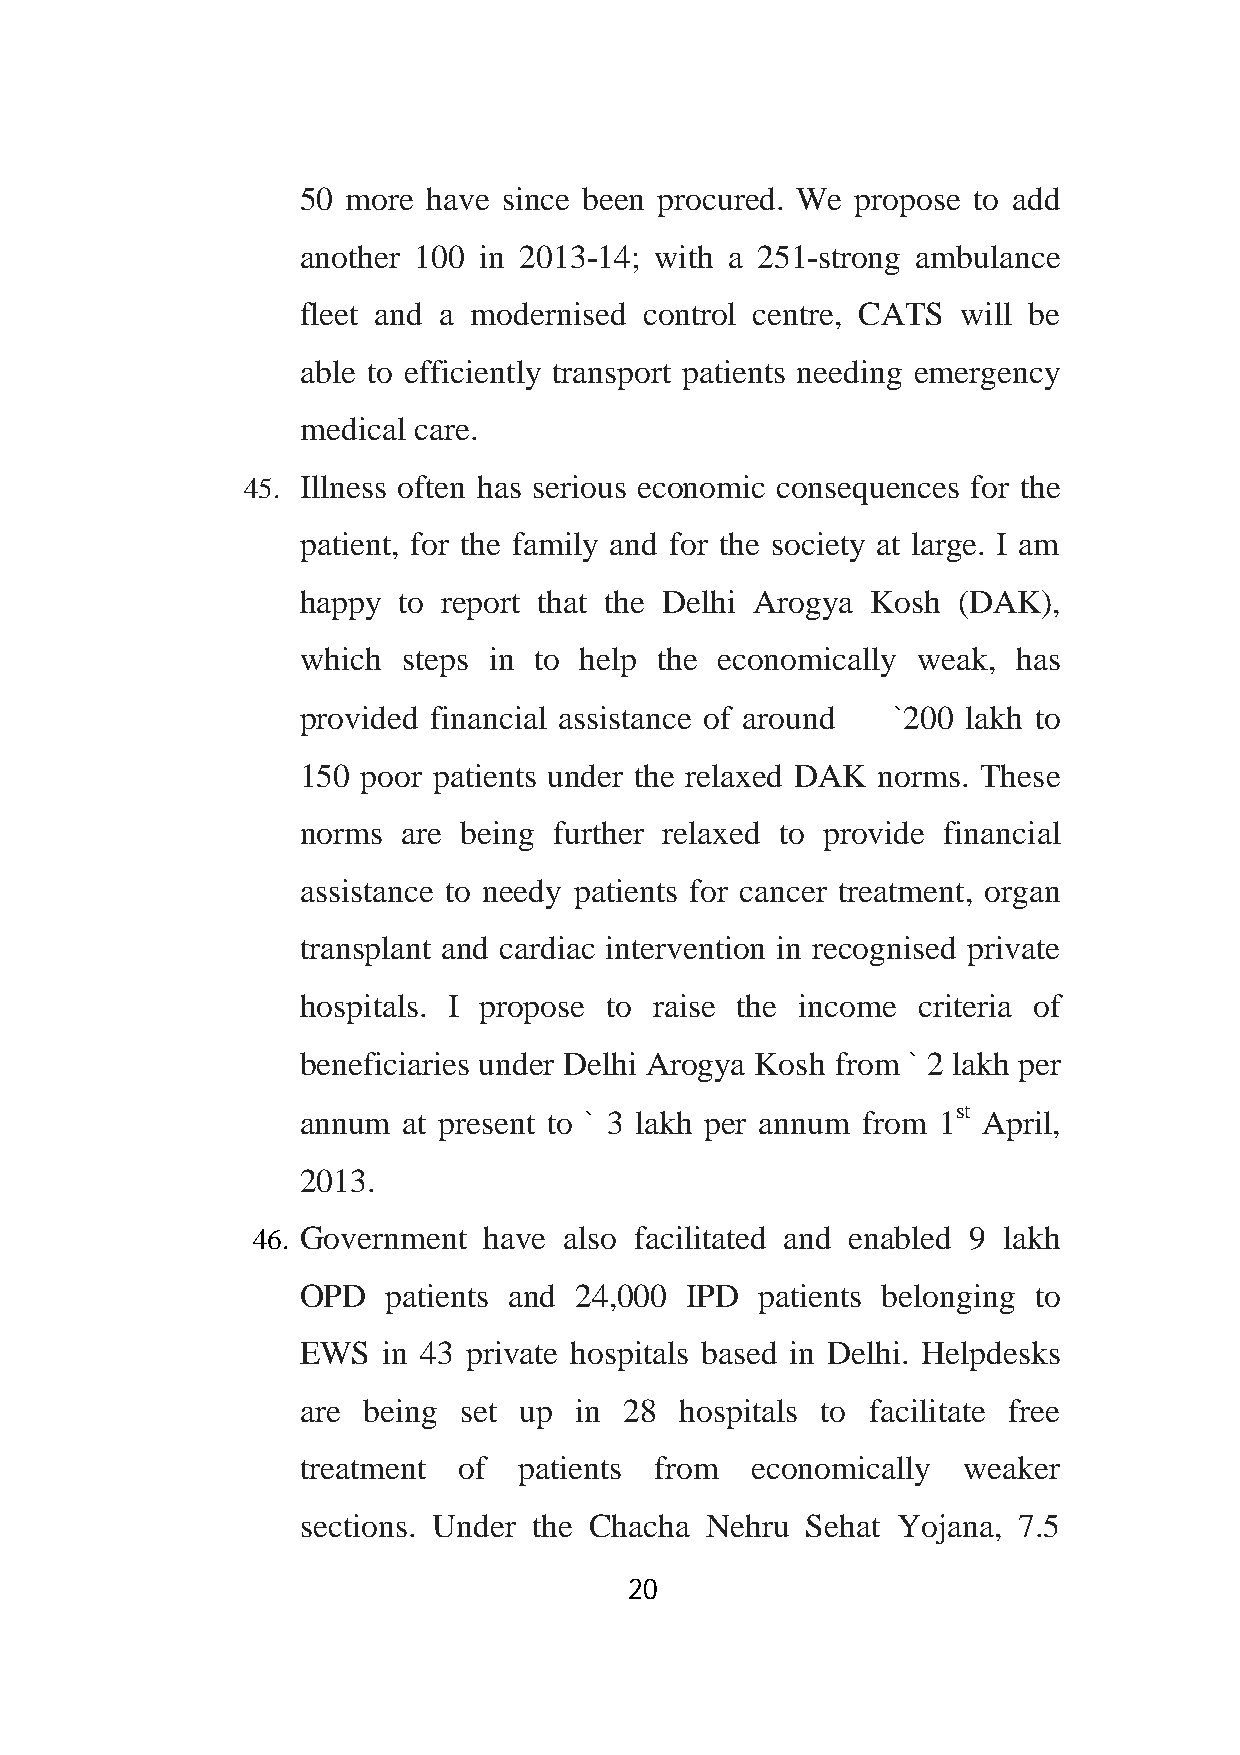
50 more have since been procured. We propose to add
 another 100 in 2013-14; with a 251-strong ambulance
 fleet and a modernised control centre, CATS will be
 able to efficiently transport patients needing emergency
 medical care.
 45. Illness often has serious economic consequences for the
 patient, for the family and for the society at large. I am
 happy to report that the Delhi Arogya Kosh (DAK),
 which  steps in to help the economically weak, has
 provided financial assistance of around `200 lakh to
 150 poor patients under the relaxed DAK norms. These
 norms  are being further relaxed to provide financial
 assistance to needy patients for cancer treatment, organ
 transplant and cardiac intervention in recognised private
 hospitals. I propose to raise the income criteria of
 beneficiaries under Delhi Arogya Kosh from ` 2 lakh per
 st
 annum  at present to ` 3 lakh per annum from 1 April,
 2013.
 46. Government have also facilitated and enabled 9 lakh
 OPD   patients and 24,000 IPD patients belonging to
 EWS  in 43 private hospitals based in Delhi. Helpdesks
 are being set up  in 28  hospitals to facilitate free
 treatment of  patients from   economically  weaker
 sections. Under the Chacha Nehru Sehat Yojana, 7.5
 20